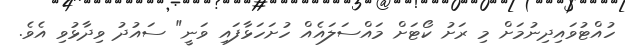
ހުއްޓުވައިދިނުމަށް މި ރަށު ކޯޓަށް މައްސަލައެއް ހުށަހަޅާފައި ވަނީ" ސައުދު ވިދާޅުވި އެވެ.